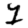
Digit: 1